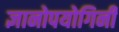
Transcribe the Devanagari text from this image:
ज्ञानोपयोगिनी